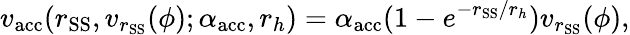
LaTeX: v_{\mathrm{acc}}(r_{\mathrm{SS}},v_{r_{\mathrm{SS}}}(\phi);\alpha_{\mathrm{acc}},r_{h})=\alpha_{\mathrm{acc}}(1-e^{-r_{\mathrm{SS}}/r_{h}})v_{r_{\mathrm{SS}}}(\phi),